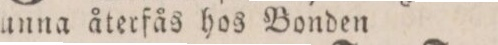
kunna återfås hos Bonden